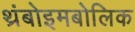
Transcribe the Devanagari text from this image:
थ्रंबोइमबोलिक